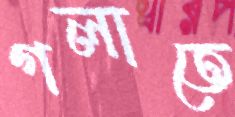
গলাতে